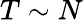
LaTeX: T\sim N